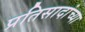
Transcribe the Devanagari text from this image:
प्रतिसादांच्या